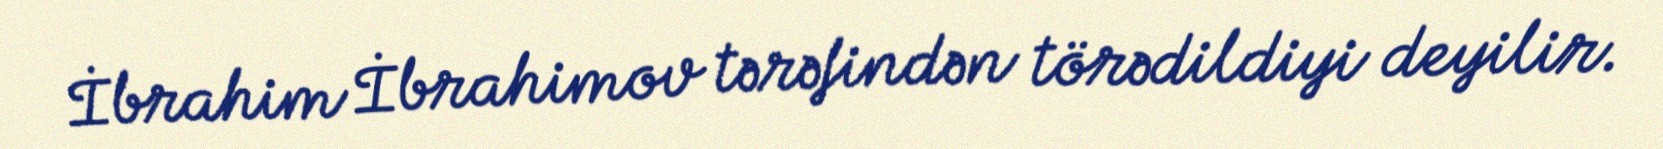
İbrahim İbrahimov tərəfindən törədildiyi deyilir.